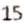
15